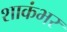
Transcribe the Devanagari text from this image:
शाकंभर